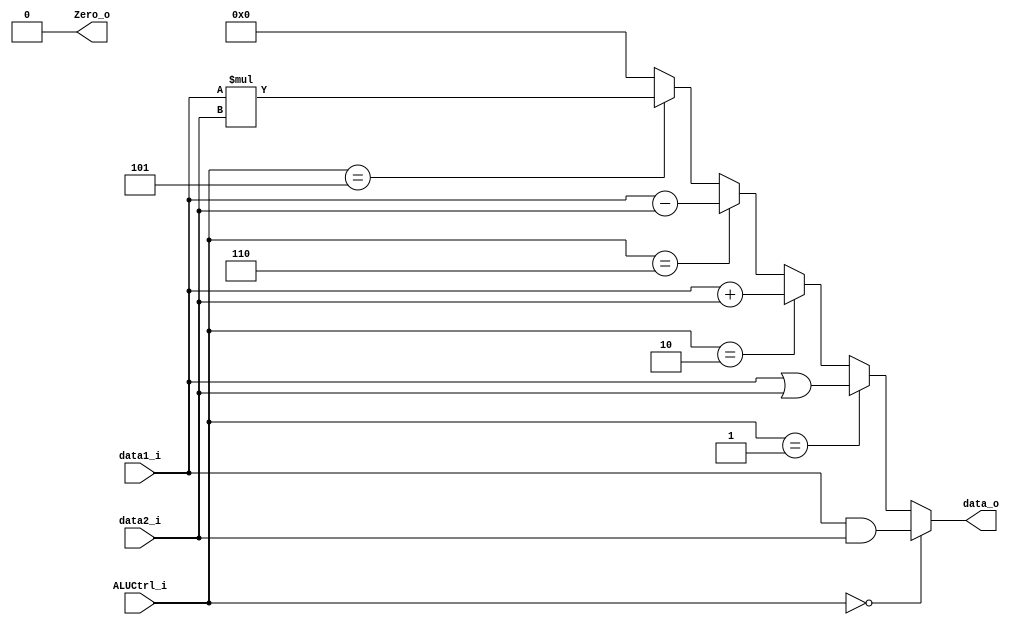
module ALU(
	data1_i,
	data2_i,
    ALUCtrl_i,
    data_o,
    Zero_o
);

input	[31:0]		data1_i, data2_i;
input	[2:0]		ALUCtrl_i;
output	[31:0]		data_o;
output				Zero_o;

// ALUCtrl:   000:and, 001:or, 010:add, 110:sub, 101:mul
assign	data_o = (ALUCtrl_i == 3'b000)?	data1_i & data2_i :
				 (ALUCtrl_i == 3'b001)?	data1_i | data2_i :
				 (ALUCtrl_i == 3'b010)?	data1_i + data2_i :
				 (ALUCtrl_i == 3'b110)?	data1_i - data2_i :
				 (ALUCtrl_i == 3'b101)?	data1_i * data2_i :
				 32'd0;

assign	Zero_o = 1'b0;

endmodule